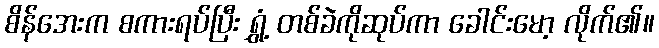
စိန်အေးက စကားရပ်ပြီး ရွှံ့ တစ်ခဲကိုဆုပ်ကာ ခေါင်းမော့ လိုက်၏။